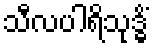
သီလပါရိသုဒ္ဓိံ